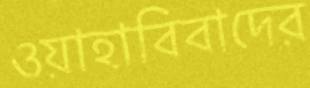
ওয়াহাবিবাদের